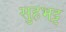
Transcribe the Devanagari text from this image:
सुहभट्ट